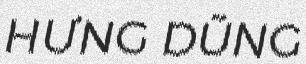
HƯNG DŨNG